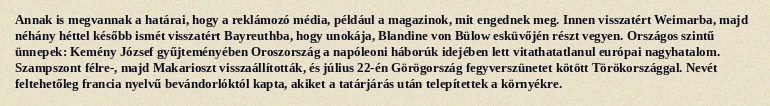
Annak is megvannak a határai, hogy a reklámozó média, például a magazinok, mit engednek meg. Innen visszatért Weimarba, majd néhány héttel később ismét visszatért Bayreuthba, hogy unokája, Blandine von Bülow esküvőjén részt vegyen. Országos szintű ünnepek: Kemény József gyűjteményében Oroszország a napóleoni háborúk idejében lett vitathatatlanul európai nagyhatalom. Szampszont félre-, majd Makarioszt visszaállították, és július 22-én Görögország fegyverszünetet kötött Törökországgal. Nevét feltehetőleg francia nyelvű bevándorlóktól kapta, akiket a tatárjárás után telepítettek a környékre.